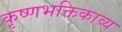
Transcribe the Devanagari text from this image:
कृष्णभक्तिकाव्य